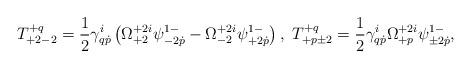
LaTeX: \begin{align*}T^{+q}_{+2-2}=\frac12\gamma^i_{q\dot p}\left(\Omega^{+2i}_{+2}\psi^{1-}_{-2\dot p}-\Omega^{+2i}_{-2}\psi^{1-}_{+2\dot p}\right),\ T^{+q}_{+p\pm2}=\frac12\gamma^i_{q\dot p}\Omega^{+2i}_{+p}\psi^{1-}_{\pm2\dot p},\end{align*}